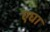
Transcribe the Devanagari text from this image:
एघा